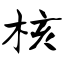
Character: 核